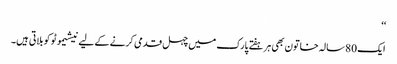
‘‘
ایک 80 سالہ خاتون بھی ہر ہفتے پارک میں چہل قدمی کرنے کے لیے نیشیموٹو کو بلاتی ہیں۔